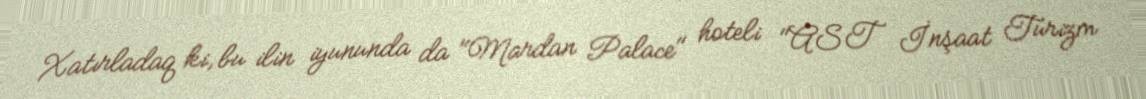
Xatırladaq ki, bu ilin iyununda da "Mardan Palace" hoteli "AST İnşaat Turizm